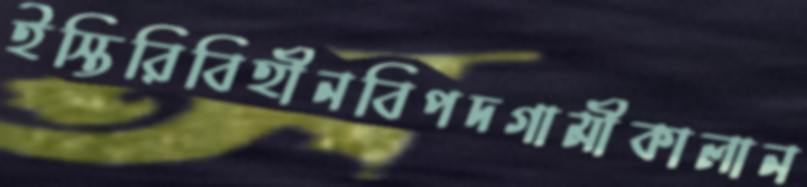
ইস্তিরিবিহীনবিপদগামীকালান